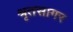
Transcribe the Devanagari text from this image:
श्रृतसागर